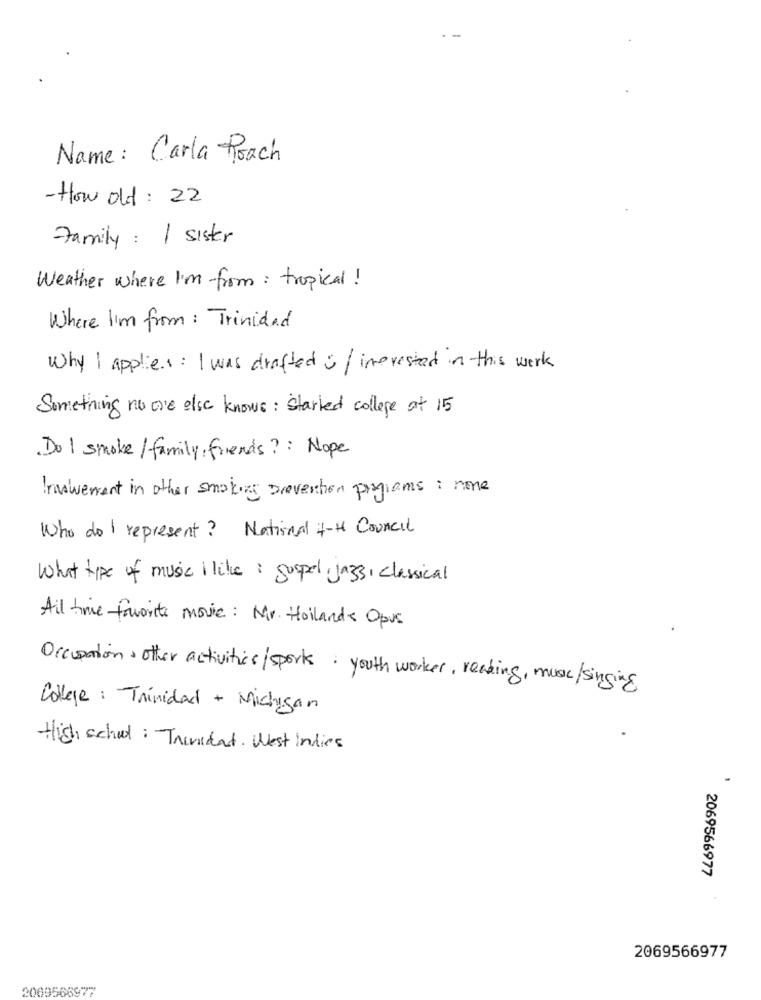
Name: Carla Roach
-How old : 22
Family: 1 sister
Weather where I'm from : tropical!
Where I'm from : Trinidad
Why I applies : I was drafted s / interested in this work
Something no one else knows: Started college at 15
Do I smoke / family, friends ?: Nope
Involvement in other smoking prevention programs : none
Who do I represent? National 4-H Council
What type of music i like : guspel jazz, classical
All time favorite movie : Mr. Hollands Opus
Occupations other activities/spork. youth worker, reading, music/singing
College: Trinidad + Michigan
High school : Trinidad. West Indies
2069566977
2069566977
2009566977